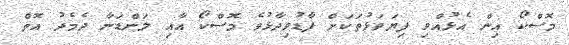
މޮސްކޯ އިން އެޅުއްވި ފިޔަވަޅުތަކަށް ފާޑުވިދާޅުވެ މޮސްކޯ އާއި ލަންޑަނާ ދެމެދު އޮތް